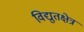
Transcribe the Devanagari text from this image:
विद्युतक्षेत्र